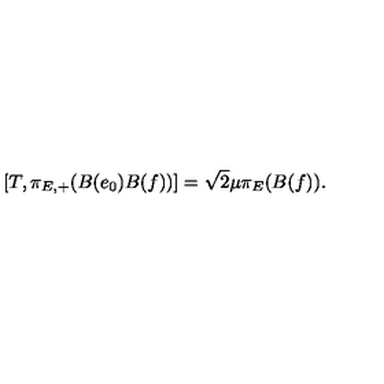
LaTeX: [ T , \pi _ { E , + } ( B ( e _ { 0 } ) B ( f ) ) ] = \sqrt { 2 } \mu \pi _ { E } ( B ( f ) ) .